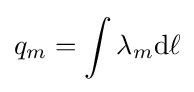
q_{m}=\int \lambda _{m}\mathrm {d} \ell